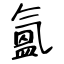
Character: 氳